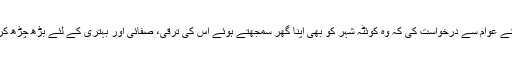
وزیراعلیٰ نے عوام سے درخواست کی کہ وہ کوئٹہ شہر کو بھی اپنا گھر سمجھتے ہوئے اس کی ترقی، صفائی اور بہتری کے لئے بڑھ چڑھ کر حصہ لیں۔